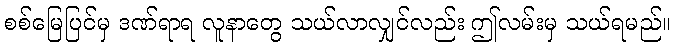
စစ်မြေပြင်မှ ဒဏ်ရာရ လူနာတွေ သယ်လာလျှင်လည်း ဤလမ်းမှ သယ်ရမည်။